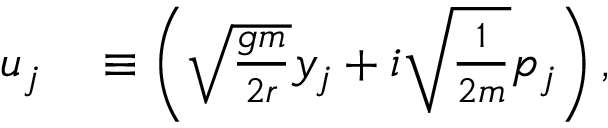
\begin{array} { r l } { u _ { j } } & { { } \equiv \left( \sqrt { \frac { g m } { 2 r } } y _ { j } + i \sqrt { \frac { 1 } { 2 m } } p _ { j } \right) , } \end{array}